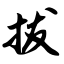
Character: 拔